system: You are a helpful assistant.
user:
Analyze the provided spectrum to determine if it is a **"Cataclysmic Variables (CV)"**.

- **Key Indicators for CV (Check for either state):**
    - **State 1: Quiescent / Low-State (Emission-Dominated)**
        - **(Primary):** Strong and *very broad* Hydrogen Balmer emission lines (e.g., $H\alpha$ at 6563 Å, $H\beta$ at 4861 Å). The 'broadness' (high velocity dispersion, often FWHM > 1000 km/s) is the key diagnostic, indicating a high-velocity accretion disk.
        - **(Secondary):** Broad neutral Helium (He I) emission lines (e.g., 5876 Å, 6678 Å).
        - **(Key Confirmation):** Presence of high-excitation *ionized* Helium (He II) emission at 4686 Å. This is a strong indicator of accretion onto a white dwarf.
        - **(Line Profile):** Emission lines may exhibit a 'double-peaked' profile, which is a classic signature of a rotating accretion disk viewed at high inclination.

    - **State 2: Outburst / High-State (Absorption-Dominated)**
        - **(Primary):** Spectrum is dominated by a bright, blue continuum (looks like a hot star).
        - **(Secondary):** The emission lines from State 1 are weak, absent, or 'filled in', and are replaced by broad, shallow *absorption* lines (primarily Balmer and He I).
        - **(Morphology):** The overall spectrum mimics a hot B/A-type star. The crucial difference is that the absorption lines are significantly broader, shallower, and more 'washed-out' (or 'smeared') than the sharp lines of a normal stellar photosphere, due to high rotational speeds and pressure broadening in the disk.

Think first, call **spectral_visualization_tool** if needed to examine features in detail, then provide your final answer. Your response must adhere to the following strict rules:
1.  **Overall Structure:** Your response must follow the format `<think>...</think> <tool_call>...</tool_call> (if a tool is used) <answer>...</answer>`.
2.  **Tool Usage Constraint:** You may only make **one** tool call per turn.
3.  **Final Answer Format:** In the `<answer>` tag, your conclusion must be inside a `\boxed{}` command (e.g., `\boxed{YES}`), followed by your justification.

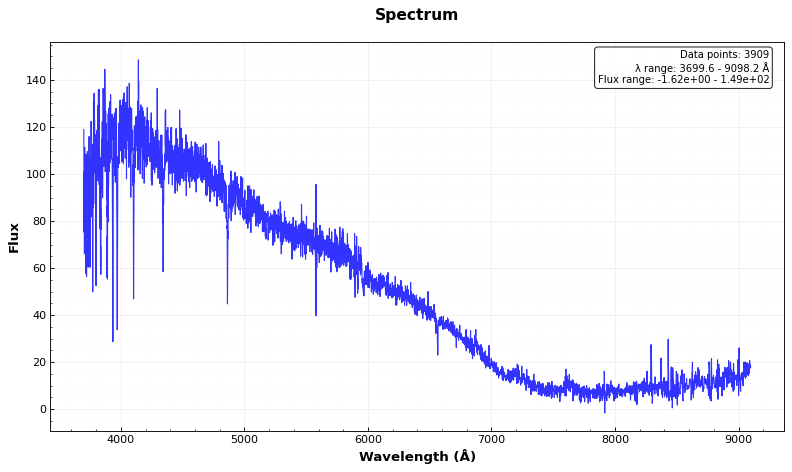
Answer: NO